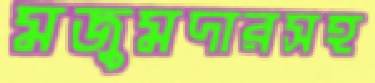
মজুমদারসহ